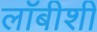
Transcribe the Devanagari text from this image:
लाॅबीशी